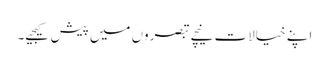
اپنے خیالات نیچے تبصروں میں پیش کیجیے۔